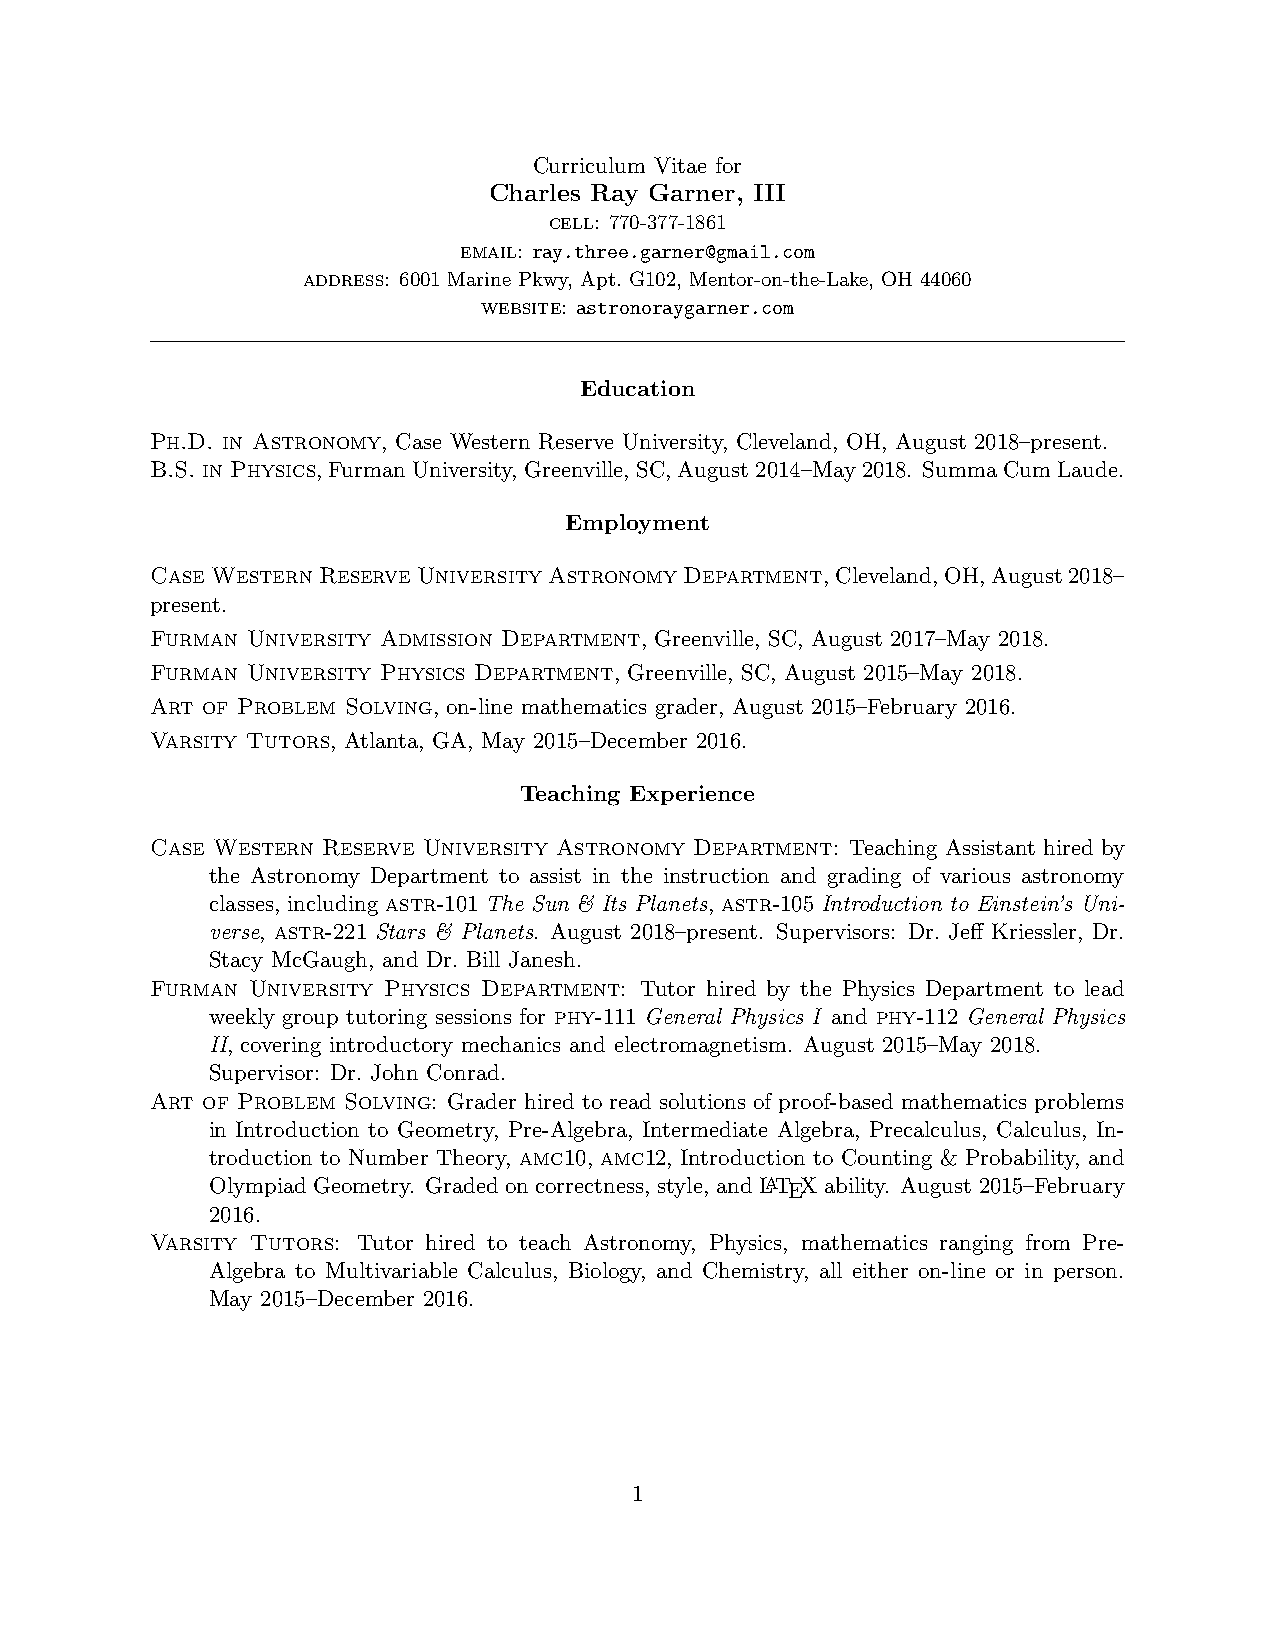
Curriculum Vitae for
 Charles Ray Garner, III
 cell: 770-377-1861
 email: ray.three.garner@gmail.com
 address: 6001 Marine Pkwy, Apt. G102, Mentor-on-the-Lake, OH 44060
 website: astronoraygarner.com
 Education
 Ph.D. in Astronomy, Case Western Reserve University, Cleveland, OH, August 2018–present.
 B.S. in Physics, FurmanUniversity, Greenville, SC,August2014–May2018. SummaCumLaude.
 Employment
 Case Western Reserve University Astronomy Department,Cleveland,OH,August2018–
 present.
 Furman University Admission Department, Greenville, SC, August 2017–May 2018.
 Furman University Physics Department, Greenville, SC, August 2015–May 2018.
 Art of Problem Solving, on-line mathematics grader, August 2015–February 2016.
 Varsity Tutors, Atlanta, GA, May 2015–December 2016.
 Teaching Experience
 Case Western Reserve University Astronomy Department: Teaching Assistant hired by
 the Astronomy Department to assist in the instruction and grading of various astronomy
 classes, including astr-101 The Sun & Its Planets, astr-105 Introduction to Einstein’s Uni-
 verse, astr-221 Stars & Planets. August 2018–present. Supervisors: Dr. Jeff Kriessler, Dr.
 Stacy McGaugh, and Dr. Bill Janesh.
 Furman University Physics Department: Tutor hired by the Physics Department to lead
 weekly group tutoring sessions for phy-111 General Physics I and phy-112 General Physics
 II, covering introductory mechanics and electromagnetism. August 2015–May 2018.
 Supervisor: Dr. John Conrad.
 Art of Problem Solving: Grader hired to read solutions of proof-based mathematics problems
 in Introduction to Geometry, Pre-Algebra, Intermediate Algebra, Precalculus, Calculus, In-
 troduction to Number Theory, amc10, amc12, Introduction to Counting & Probability, and
 Olympiad Geometry. Graded on correctness, style, and LATEX ability. August 2015–February
 2016.
 Varsity Tutors: Tutor hired to teach Astronomy, Physics, mathematics ranging from Pre-
 Algebra to Multivariable Calculus, Biology, and Chemistry, all either on-line or in person.
 May 2015–December 2016.
 1